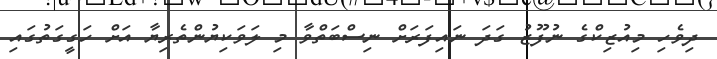
ދިވެހި މިއުޒިކްގެ ނުފޫޒު ގަދަ ނައިފަރަށް ނިސްބަތްވާ މި ލަވަކިޔުންތެރިޔާ އަށް ހަގީގަތުގައި